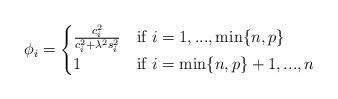
LaTeX: \begin{align*}\phi_i = \begin{cases} \frac{c_i^2}{c_i^2 + \lambda^2 s_i^2} & \mbox{if } i=1,...,\min\{n,p\} \\1 &\mbox{if } i = \min\{n,p\}+1, ..., n\end{cases}\end{align*}